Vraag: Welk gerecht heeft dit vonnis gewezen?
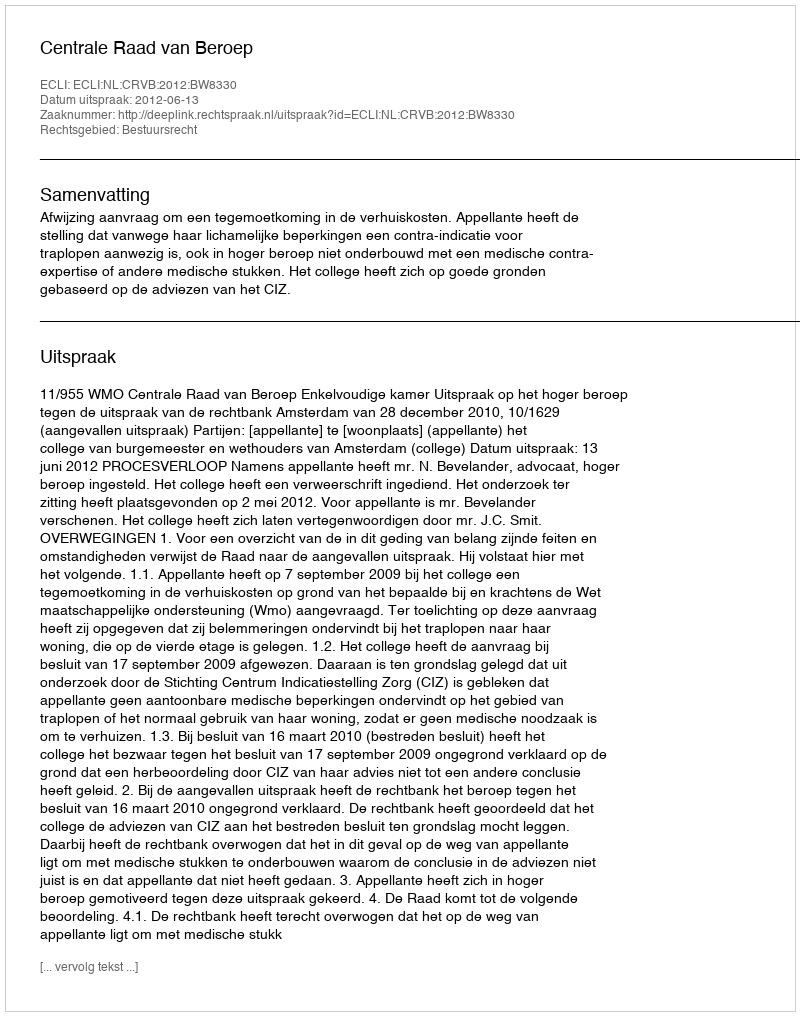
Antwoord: Centrale Raad van Beroep